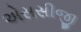
એસસીજી